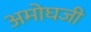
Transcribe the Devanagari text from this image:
अमोघजी